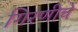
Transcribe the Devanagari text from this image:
गिरणीचे